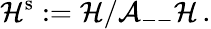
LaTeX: {\cal H}^{\mathrm{s}}:={\cal H}/{\cal A}_{--}{\cal H}\, .